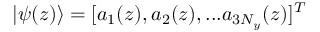
| \psi ( z ) \rangle = [ a _ { 1 } ( z ) , a _ { 2 } ( z ) , . . . a _ { 3 N _ { y } } ( z ) ] ^ { T }